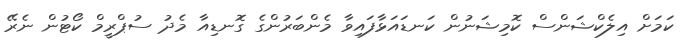
ކަމަށް އިލެކްޝަންސް ކޮމިޝަނުން ކަނޑައަޅާފައިވާ މެންބަރުންގެ ގޮނޑިއާ މެދު ސުޕްރީމް ކޯޓުން ނެރޭ